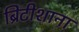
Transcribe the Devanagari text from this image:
ब्रिटीशाना